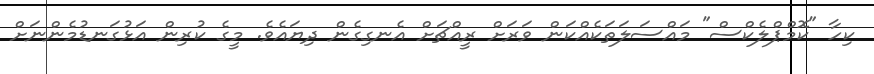
ކިހާ "ކޮމްޕްލެކްސް" މައްސަލަތަކެއްކަން ވަރަށް ރީއްޗަށް އެނގިގެން ދިޔައެވެ. މީގެ ކުރިން އަޅުގަނޑުމެންނަށް